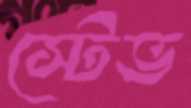
স্টেভ